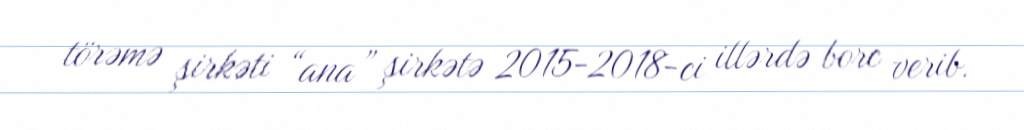
törəmə şirkəti “ana” şirkətə 2015-2018-ci illərdə borc verib.